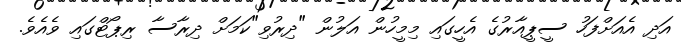
އަދި އެއަށްފަހު ސީޕީއާރުގެ އެހީގައި މިމީހުން އަލުން "ދިރުވި"ކަމަށް ދިރާސާ ރިޕޯޓްގައި ވެއެވެ.